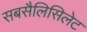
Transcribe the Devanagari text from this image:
सबसैलिसिलेट